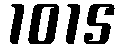
1015